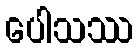
ပေါသဿ